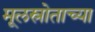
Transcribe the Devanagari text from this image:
मूलस्रोताच्या